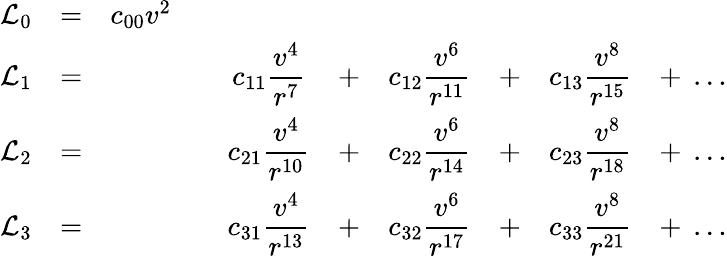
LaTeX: \begin{array}{cccccccccc}{{\displaystyle{\cal L}_{0}}}&{{=}}&{{c_{00}v^{2}}}&{{}}&{{}}&{{}}&{{}}&{{}}&{{}}&{{}}\\ {{{\cal L}_{1}}}&{{=}}&{{}}&{{}}&{{\displaystyle c_{11}\frac{v^{4}}{r^{7}}}}&{{+}}&{{\displaystyle c_{12}\frac{v^{6}}{r^{11}}}}&{{+}}&{{\displaystyle c_{13}\frac{v^{8}}{r^{15}}}}&{{+\ \ldots}}\\ {{{\cal L}_{2}}}&{{=}}&{{}}&{{}}&{{\displaystyle c_{21}\frac{v^{4}}{r^{10}}}}&{{+}}&{{\displaystyle c_{22}\frac{v^{6}}{r^{14}}}}&{{+}}&{{c_{23}\displaystyle\frac{v^{8}}{r^{18}}}}&{{+\ \ldots}}\\ {{{\cal L}_{3}}}&{{=}}&{{}}&{{}}&{{c_{31}\displaystyle\frac{v^{4}}{r^{13}}}}&{{+}}&{{c_{32}\displaystyle\frac{v^{6}}{r^{17}}}}&{{+}}&{{c_{33}\displaystyle\frac{v^{8}}{r^{21}}}}&{{+\ \ldots}}\end{array}